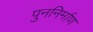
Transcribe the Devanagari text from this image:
पुननिर्माण